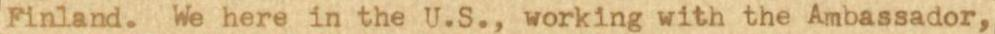
Finland. We here in the U.S., working with the Ambassador,